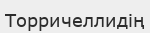
Торричеллидің